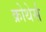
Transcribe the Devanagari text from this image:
क्रोथेर्स